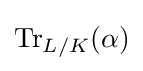
\operatorname {Tr} _{L/K}(\alpha )